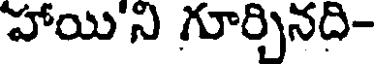
హాయి ని గూర్చినది-